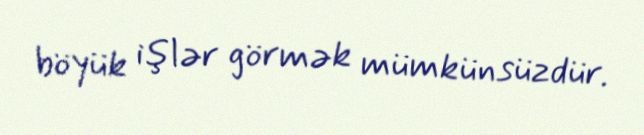
böyük işlər görmək mümkünsüzdür.